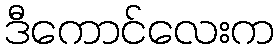
ဒီကောင်လေးက